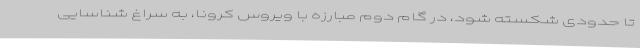
تا حدودی شکسته شود، در گام دوم مبارزه با ویروس کرونا، به سراغ شناسایی